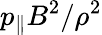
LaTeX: p_{\| }B^{2}/\rho^{2}